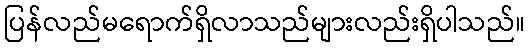
ပြန်လည်မရောက်ရှိလာသည်များလည်းရှိပါသည်။